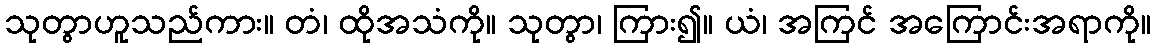
သုတွာဟူသည်ကား။ တံ၊ ထိုအသံကို။ သုတွာ၊ ကြား၍။ ယံ၊ အကြင် အကြောင်းအရာကို။